Code of medical and sanitary regulations for the guidance of medical officers serving in the Madras Presidency - Volume I
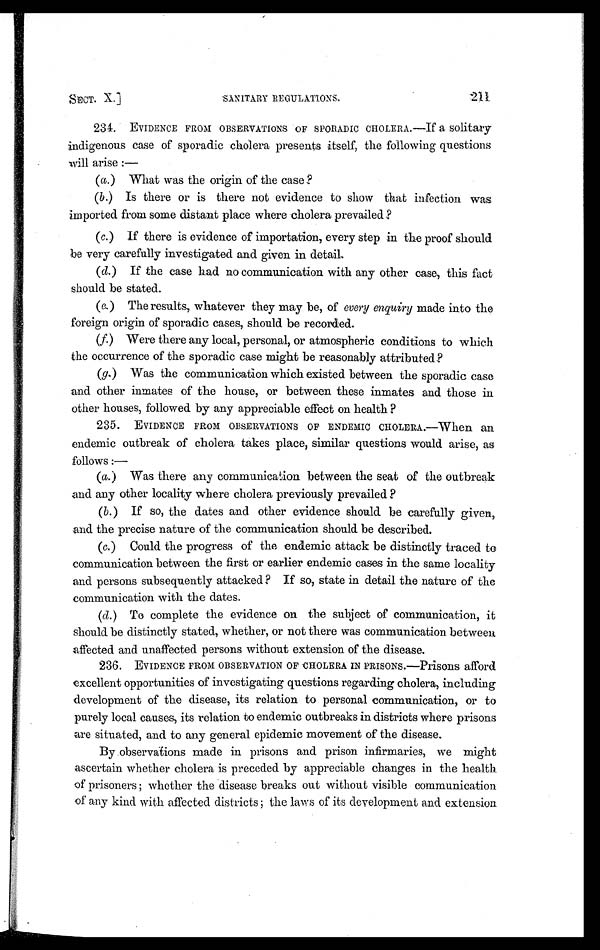
SECT. X.] SANITARY REGULATIONS. 211
234. EVIDENCE FROM OBSERVATIONS OF SPORADIC CHOLERA.—If a solitary
indigenous case of sporadic cholera presents itself, the following questions
will arise :—
(a.) What was the origin of the case ?
(b.) Is there or is there not evidence to show that infection was
imported from some distant place where cholera prevailed?
(c.) If there is evidence of importation, every step in the proof should
be very carefully investigated and given in detail.
(d.) If the case had no communication with any other case, this fact
should be stated.
(e.) The results, whatever they may be, of every enquiry made into the
foreign origin of sporadic cases, should be recorded.
(f.) Were there any local, personal, or atmospheric conditions to which
the occurrence of the sporadic case might be reasonably attributed ?
(g.) Was the communication which existed between the sporadic case
and other inmates of the house, or between these inmates and those in
other houses, followed by any appreciable effect on health ?
235. EVIDENCE FROM OBSERVATIONS OF ENDEMIC CHOLERA..—When an
endemic outbreak of cholera takes place, similar questions would arise, as
follows :—
(a.) Was there any communication between the seat of the outbreak
and any other locality where cholera previously prevailed ?
(b.) If so, the dates and other evidence should be carefully given,
and the precise nature of the communication should be described.
(c.) Could the progress of the endemic attack be distinctly traced to
communication between the first or earlier endemic cases in the same locality
and persons subsequently attacked? If so, state in detail the nature of the
communication with the dates.
(d. ) To complete the evidence on the subject of communication, it
should. be distinctly stated, whether, or not there was communication between
affected and unaffected persons without extension of the disease.
236. EVIDENCE FROM OBSERVATION OF CHOLERA IN PRISONS.—Prisons afford
excellent opportunities of investigating questions regarding cholera, including
development of the disease, its relation to personal communication, or to
purely local causes, its relation to endemic outbreaks in districts where prisons
are situated, and to any general epidemic movement of the disease.
By observations made in prisons and prison infirmaries, we might
ascertain whether cholera is preceded by appreciable changes in the health.
of prisoners ; whether the disease breaks out without visible communication
of any kind with affected districts ; the laws of its development and extension